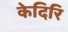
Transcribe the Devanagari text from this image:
केदिरि